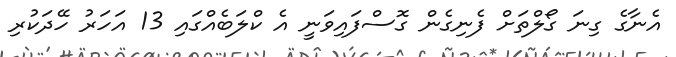
އެނާގެ ގިނަ ގޯލްތަށް ފެނިގެން ގޮސްފައިވަނީ އެ ކްލަބެއްގައި 13 އަހަރު ހޭދަކުރި